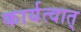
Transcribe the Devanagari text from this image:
कार्यत्वात्